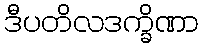
ဒီပတိလဒက္ခိဏာ